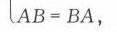
\(AB = BA\)